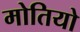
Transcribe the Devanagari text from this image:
मोतियो